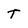
Character: T